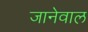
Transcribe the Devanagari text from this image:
जानेवाल